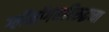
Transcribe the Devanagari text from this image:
ग्लॅमॉर्गनविरुद्धच्या